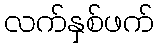
လက်နှစ်ဖက်